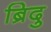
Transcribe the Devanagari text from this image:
ब्रिदु